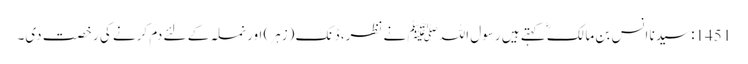
1451: سیدنا انس بن مالکؓ کہتے ہیں رسول اللہﷺ نے نظر، ڈنک (زہر) اور نملہ کے لئے دم کرنے کی رخصت دی۔